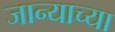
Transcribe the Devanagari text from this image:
जान्याच्या